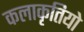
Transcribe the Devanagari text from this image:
कलाकृतियो